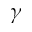
\gamma